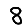
Digit: 8